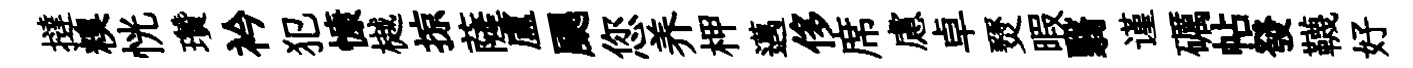
撻糗恍瓚衿犯慷樾掠薩盧颸您养柙邁侈席慮卓燹暇翳谨礪帖發韈好